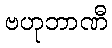
ဗဟုဘာဏီ